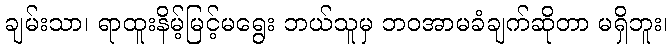
ချမ်းသာ၊ ရာထူးနိမ့်မြင့်မရွေး ဘယ်သူမှ ဘဝအာမခံချက်ဆိုတာ မရှိဘူး၊